Report of the Indian Hemp Drugs Commission, 1894-1895 - Volume IV
Year: 1894
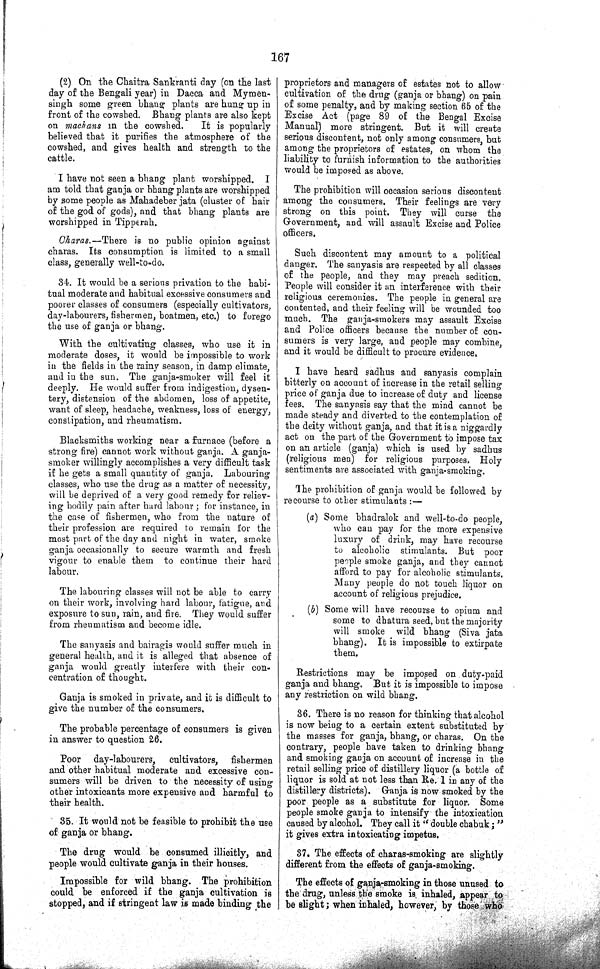
167
(2) On the Chaitra Sankranti day (on the last
day of the Bengali year) in Dacca and Mymen-
singh some green bhang plants are hung up in
front of the cowshed. Bhang plants are also kept
on machans in the cowshed.
It is popularly
believed that it purifies the atmosphere of the
cowshed, and gives health and strength to the
cattle.
I have not seen a bhang plant worshipped. I
am told that ganja or bhang plants are worshipped
by some people as Mahadeber jata (cluster of hair
of the god of gods), and that bhang plants are
worshipped in Tipperah.
Charas.—There is no public opinion against
charas. Its consumption is limited to a small
class, generally well-to-do.
34. It would be a serious privation to the habi¬
tual moderate and habitual excessive consumers and
poorer classes of consumers (especially cultivators,
day-labourers, fishermen, boatmen, etc.) to forego
the use of ganja or bhang.
With the cultivating classes, who use it in
moderate doses, it would be impossible to work
in the fields in the rainy season, in damp climate,
and in the sun. The ganja-smoker will feel it
deeply. He would suffer from indigestion, dysen¬
tery, distension of the abdomen, loss of appetite,
want of sleep, headache, weakness, loss of energy,
constipation, and rheumatism.
Blacksmiths working near a furnace (before a
strong fire) cannot work without ganja. A ganja-
smoker willingly accomplishes a very difficult task
if he gets a small quantity of ganja. Labouring
classes, who use the drug as a matter of necessity,
will be deprived of a very good remedy for reliev¬
ing bodily pain after hard labour; for instance, in
the case of fishermen, who from the nature of
their profession are required to remain for the
most part of the day and night in water, smoke
ganja occasionally to secure warmth and fresh
vigour to enable them to continue their hard
labour.
The labouring classes will not be able to carry
on their work, involving hard labour, fatigue, and
exposure to sun, rain, and fire. They would suffer
from rheumatism and become idle.
The sanyasis and bairagis would suffer much in
general health, and it is alleged that absence of
ganja would greatly interfere with their con¬
centration of thought.
Ganja is smoked in private, and it is difficult to
give the number of the consumers.
The probable percentage of consumers is given
in answer to question 26.
Poor day-labourers, cultivators, fishermen
and other habitual moderate and excessive con¬
sumers will be driven to the necessity of using
other intoxicants more expensive and harmful to
their health.
35. It would not be feasible to prohibit the use
of ganja or bhang.
The drug would be consumed illicitly, and
people would cultivate ganja in their houses.
Impossible for wild bhang. The prohibition
could be enforced if the ganja cultivation is
stopped, and if stringent law is made binding the
proprietors and managers of estates not to allow
cultivation of the drug (ganja or bhang) on pain
of some penalty, and by making section 65 of the
Excise Act (page 89 of the Bengal Excise
Manual) more stringent. But it will create
serious discontent, not only among consumers, but
among the proprietors of estates, on whom the
liability to furnish information to the authorities
would be imposed as above.
The prohibition will occasion serious discontent
among the consumers. Their feelings are very
strong on this point. They will curse the
Government, and will assault Excise and Police
officers.
Such discontent may amount to a political
danger. The sanyasis are respected by all classes
of the people, and they may preach sedition.
People will consider it an interference with their
religious ceremonies. The people in general are
contented, and their feeling will be wounded too
much. The ganja-smokers may assault Excise
and Police officers because the number of con¬
sumers is very large, and people may combine,
and it would be difficult to procure evidence,
I have heard sadhus and sanyasis complain
bitterly on account of increase in the retail selling
price of ganja due to increase of duty and license
fees. The sanyasis say that the mind cannot be
made steady and diverted to the contemplation of
the deity without ganja, and that it is a niggardly
act on the part of the Government to impose tax
on an article (ganja) which is used by sadhus
(religious men) for religious purposes. Holy
sentiments are associated with ganja-smoking.
The prohibition of ganja would be followed by
recourse to other stimulants:—
(a) Some bhadralok and well-to-do people,
who can pay for the more expensive
luxury of drink, may have recourse
to alcoholic stimulants. But poor
people smoke ganja, and they cannot
afford to pay for alcoholic stimulants.
Many people do not touch liquor on
account of religious prejudice.
(b) Some will have recourse to opium and
some to dhatura seed, but the majority
will smoke wild bhang (Siva jata
bhang). It is impossible to extirpate
them.
Restrictions may be imposed on duty-paid
ganja and bhang. But it is impossible to impose
any restriction on wild bhang.
36. There is no reason for thinking that alcohol
is now being to a certain extent substituted by
the masses for ganja, bhang, or charas. On the
contrary, people have taken to drinking bhang
and smoking ganja on account of increase in the
retail selling price of distillery liquor (a bottle of
liquor is sold at not less than Re. 1 in any of the
distillery districts). Ganja is now smoked by the
poor people as a substitute for liquor. Some
people smoke ganja to intensify the intoxication
caused by alcohol. They call it "double chabuk;"
it gives extra intoxicating impetus.
37. The effects of charas-smoking are slightly
different from the effects of ganja-smoking.
The effects of ganja-smoking in those unused to
the drug, unless the smoke is inhaled, appear to
be slight; when inhaled, however, by those who